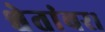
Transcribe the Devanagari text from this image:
श्वेतांबर।